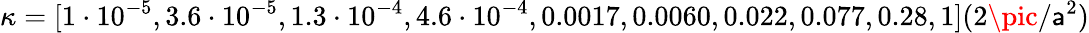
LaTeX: \kappa=[1\cdot10^{-5},3.6\cdot10^{-5},1.3\cdot10^{-4},4.6\cdot10^{-4},0.0017,0.0060,0.022,0.077,0.28,1](2\pic/\mathsf{a}^{2})